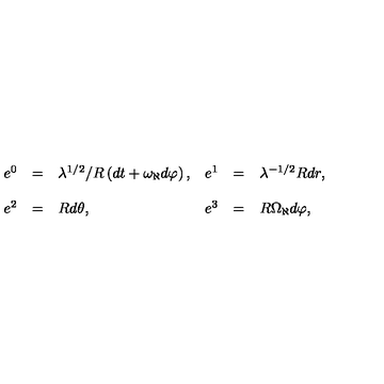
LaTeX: \begin{array} { r c l r c l } { e ^ { 0 } } & { = } & { \lambda ^ { 1 / 2 } / R \left( d t + \omega _ { \aleph } d \varphi \right) , } & { e ^ { 1 } } & { = } & { \lambda ^ { - 1 / 2 } R d r , } \\ { } & { } & { } & { } & { } & { } \\ { e ^ { 2 } } & { = } & { R d \theta , } & { e ^ { 3 } } & { = } & { R \Omega _ { \aleph } d \varphi , } \\ \end{array}